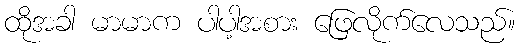
ထိုအခါ မာမာက ပါပါ့အစား ဖြေလိုက်လေသည်။